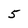
Character: 5